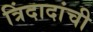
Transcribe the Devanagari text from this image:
त्रिंदादांची